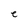
Character: e